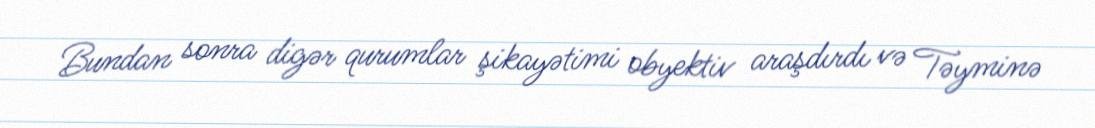
Bundan sonra digər qurumlar şikayətimi obyektiv araşdırdı və Təyminə